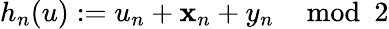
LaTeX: h_{n}(u):=u_{n}+\mathbf{x}_{n}+y_{n}\mod2